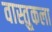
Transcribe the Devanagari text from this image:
वास्तु्कला